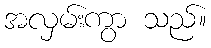
အလှမ်းကွာ သည်။